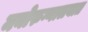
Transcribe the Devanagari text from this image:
मनोरुग्णालयात